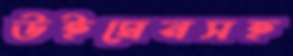
উইমেনসহ